Report of an investigation into the causes of the diseases known in Assam as Kála-Azár and Beri-Beri
Disease focus: Beri-Beri
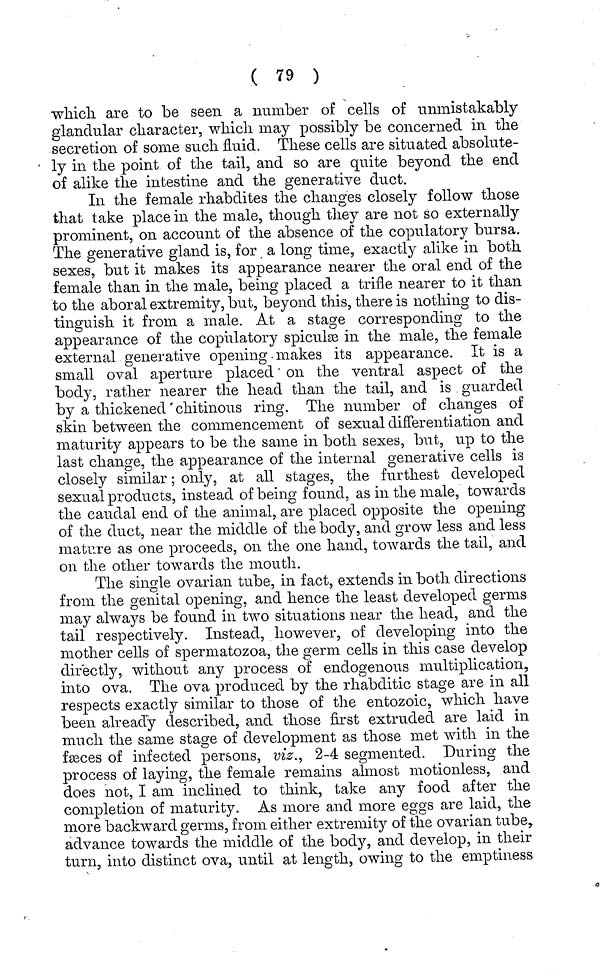
( 79 )
which are to be seen a number of cells of unmistakably
glandular character, which may possibly be concerned in the
secretion of some such fluid. These cells are situated absolute-
ly in the point of the tail, and so are quite beyond the end
of alike the intestine and the generative duct.
In the female rhabdites the changes closely follow those
that take place in the male, though they are not so externally
prominent, on account of the absence of the copulatory bursa.
The generative gland is, for a long time, exactly alike in both
sexes, but it makes its appearance nearer the oral end of the
female than in the male, being placed a trifle nearer to it than
to the aboral extremity, but, beyond this, there is nothing to dis-
tinguish it from a male. At a stage corresponding to the
appearance of the copulatory spiculæ in the male, the female
external generative opening makes its appearance. It is a
small oval aperture placed on the ventral aspect of the
body, rather nearer the head than the tail, and is guarded
by a thickened chitinous ring. The number of changes of
skin between the commencement of sexual differentiation, and
maturity appears to be the same in both sexes, but, up to the
last change, the appearance of the internal generative cells is
closely similar ; only, at all stages, the furthest developed
sexual products, instead of being found, as in the male, towards
the caudal end of the animal, are placed opposite the opening
of the duct, near the middle of the body, and grow less and less
mature as one proceeds, on the one hand, towards the tail, and
on the other towards the mouth.
The single ovarian tube, in fact, extends in both directions
from the genital opening, and hence the least developed germs
may always be found in two situations near the head, and the
tail respectively. Instead, however, of developing into the
mother cells of spermatozoa, the germ cells in this case develop
directly, without any process of endogenous multiplication,
into ova. The ova produced by the rhabditic stage are in all
respects exactly similar to those of the entozoic, which have
been already described, and those first extruded are laid in
much the same stage of development as those met with in the
fæces of infected persons, viz., 2-4 segmented. During the
process of laying, the female remains almost motionless, and
does not, I am inclined to think, take any food after the
completion of maturity. As more and more eggs are laid, the
more backward germs, from either extremity of the ovarian tube r
advance towards the middle of the body, and develop, in their
turn, into distinct ova, until at length, owing to the emptiness